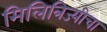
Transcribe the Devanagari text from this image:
मिलित्रिज्यीचा